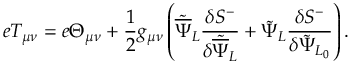
e T _ { \mu \nu } = e \Theta _ { \mu \nu } + \frac { 1 } { 2 } g _ { \mu \nu } \left( { \tilde { \overline { { \Psi } } } } _ { L } \frac { \delta { S } ^ { - } } { \delta { \tilde { \overline { { \Psi } } } } _ { L } } + { \tilde { \Psi } } _ { L } \frac { \delta { S } ^ { - } } { \delta { \tilde { \Psi } } _ { L _ { 0 } } } \right) .